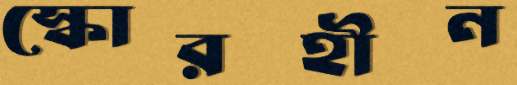
স্কোরহীন